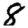
Digit: 8